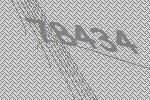
78434